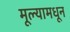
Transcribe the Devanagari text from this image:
मूल्यामधून